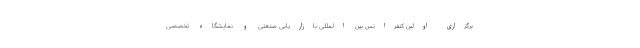
برگزاری اولین کنفرانس بین المللی بازاریابی صنعتی و نمایشگاه تخصصی